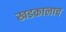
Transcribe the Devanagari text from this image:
खडकालाच